Lunatic asylums Punjab 1895-1910 - 1895-1910
Year: 1895
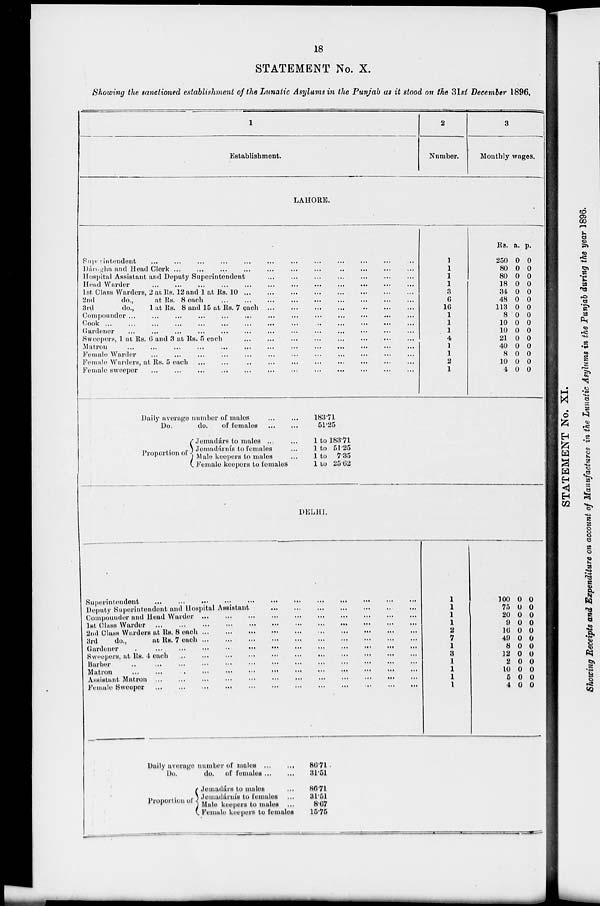
18
STATEMENT No. X.
Showing the sanctioned establishment of the Lunatic Asylums in the Punjab as it stood on the 31st December 1896.
1
Establishment.
2
Number.
3
Monthly wages.
LAHORE.
Superintendent
...
...
...
...
...
...
...
...
...
...
...
...
Dáragha and Head Clerk
...
...
...
...
...
...
...
...
...
...
...
...
Hospital Assistant and Deputy Superintendent ... ... ... ... ... ... ... ... ... ... ... ...
Head Warder
...
...
...
...
...
...
...
...
...
...
...
...
1st Class Warders, 2 at Rs. 12 and 1 at Rs. 10 ... ... ... ... ... ... ... ... ... ... ... ...
2nd
do.,
at Rs. 8 each ... ... ... ... ... ... ... ... ... ... ... ...
3rd
do., 1 at Rs. 8 and 15 at Rs. 7 each ... ... ... ... ... ... ... ... ... ... ... ...
Compounder
...
...
...
...
...
...
...
...
...
...
...
...
Cook
...
...
...
...
...
...
...
...
...
...
...
...
Gardener
...
...
...
...
...
...
...
...
...
...
...
...
Sweepers, 1 at Rs. 6 and 3 at Rs. 5 each ... ... ... ... ... ... ... ... ... ... ... ...
Matron ... ... ... ... ... ... ... ... ... ... ... ...
Female Warder
...
...
...
...
...
...
...
...
...
...
...
...
Female Warders, at Rs. 5 each ... ... ... ... ... ... ... ... ... ... ... ...
Female sweeper ... ... ... ... ... ... ... ... ... ... ... ...
Daily average number of males ... ...
Do.
do.
of females
...
...
Proportion of
Jemadárs to males ...
Jomadárnis to females ...
Male keepers to males ...
Female keepers to females
183.71
51.25
1 to 183.71
1 to 51.25
1 to 7.35
1 to 25.62
1
1
1
1
3
6
16
1
1
1
4
1
1
2
1
Rs.
250
80
80
18
34
48
113
8
10
10
21
40
8
10
4
a.
0
0
0
0
0
0
0
0
0
0
0
0
0
0
0
p.
0
0
0
0
0
0
0
0
0
0
0
0
0
0
0
DELHI.
Superintendent
...
...
...
...
...
...
...
...
...
...
...
...
Deputy Superintendent and Hospital Assistant ... ... ... ... ... ... ... ... ... ... ... ...
Compounder and Head Warder ... ... ... ... ... ... ... ... ... ... ... ...
1st Class Warder
...
...
...
...
...
...
...
...
...
...
...
...
2nd Class Warders at Rs. 8 each ... ... ... ... ... ... ... ... ... ... ... ...
3rd
do.,
at Rs. 7 each ... ... ... ... ... ... ... ... ... ... ... ...
Gardener
...
...
...
...
...
...
...
...
...
...
...
...
Sweepers, at Rs. 4 each
...
...
...
...
...
...
...
...
...
...
...
...
Barber
...
...
...
...
...
...
...
...
...
...
...
...
Matron
...
...
...
...
...
...
...
...
...
...
...
...
Assistant Matron
...
...
...
...
...
...
...
...
...
...
...
...
Female Sweeper
...
...
...
...
...
...
...
...
...
...
...
...
Daily average number of males ... ...
Do.
do. of females ... ...
Proportion of
Jemadars to males ...
Jemad&rnfe to females ...
Male keepers to males ...
Female keepers to females
86.71
31.51
86.71
31.51
8.67
15.75
1
1
1
1
2
7
1
3
1
1
1
1
100
75
20
9
16
49
8
12
2
10
5
4
0
0
0
0
0
0
0
0
0
0
0
0
0
0
0
0
0
0
0
0
0
0
0
0